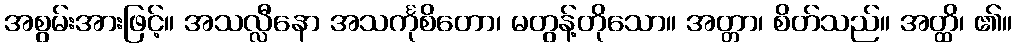
အစွမ်းအားဖြင့်။ အသလ္လီနော အသင်္ကုစိတော၊ မတွန့်တိုသော။ အတ္တာ၊ စိတ်သည်။ အတ္ထိ၊ ၏။